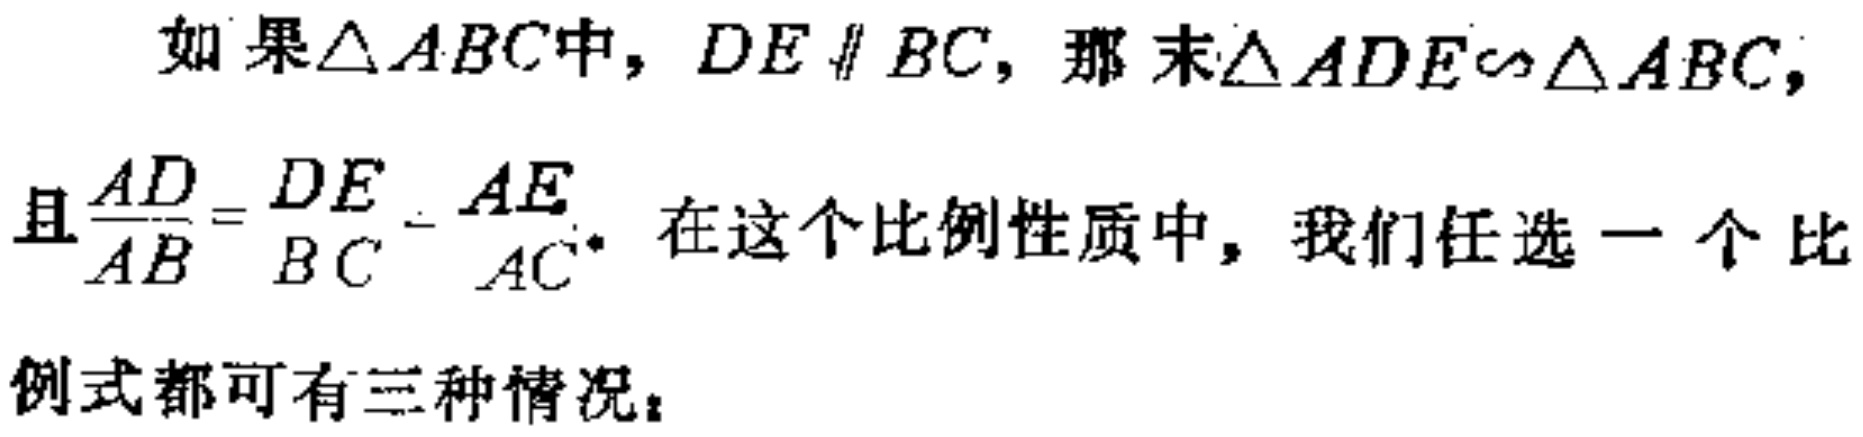
如果$\triangle ABC$中，$DE \parallel BC$，那 末$\triangle ADE\sim\triangle ABC$，且$\frac{AD}{AB}=\frac{DE}{BC}=\frac{AE}{AC}$。在这个比例性质中，我们任选一个比例式都可有三种情况：